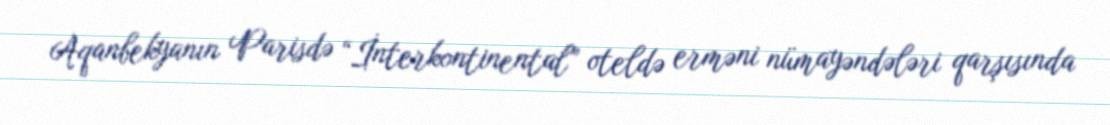
Aqanbekyanın Parisdə “İnterkontinental” oteldə erməni nümayəndələri qarşısında